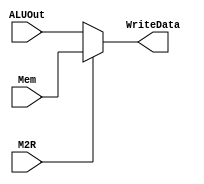
module mux_M2R(M2R, ALUOut, Mem, WriteData);
	input M2R;
	input [31:0] ALUOut, Mem;
	output reg [31:0] WriteData;
	
	always if (M2R == 0) WriteData = ALUOut;
		else WriteData = Mem;
		
endmodule